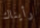
رأيناك